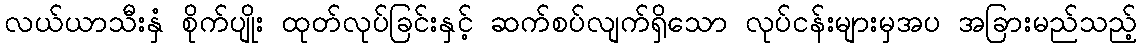
လယ်ယာသီးနှံ စိုက်ပျိုး ထုတ်လုပ်ခြင်းနှင့် ဆက်စပ်လျက်ရှိသော လုပ်ငန်းများမှအပ အခြားမည်သည့်